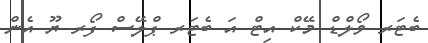
ބެޓަރ ވޯލްޑް މޭކް އިޓް އަ ބެޓަރ ޕްލޭސް ފޯރ ޔޫ އެން